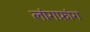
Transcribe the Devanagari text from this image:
लांगफ़ांग